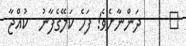
٩     ދަންނާށެވެ! ފަހެ ކަލޭގެފާނު  ކުއްޖާ